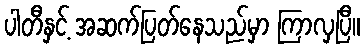
ပါတီနှင့် အဆက်ပြတ်နေသည်မှာ ကြာလှပြီ။